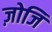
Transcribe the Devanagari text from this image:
ज़ोजि